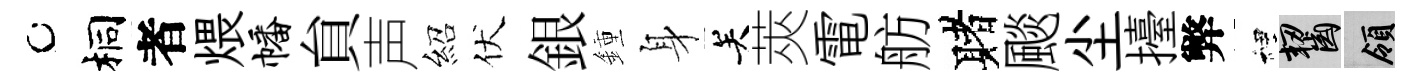
桐者煨幡貟声紹伏銀鍾身关莢電舫赌颷尘擡弊裡齧領